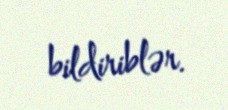
bildiriblər.